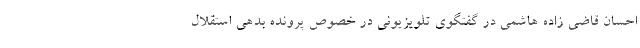
احسان قاضی زاده هاشمی در گفتگوی تلویزیونی در خصوص پرونده بدهی استقلال